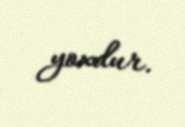
yoxdur.